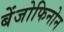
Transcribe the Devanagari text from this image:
बेंजोफिनोन